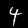
Digit: 4